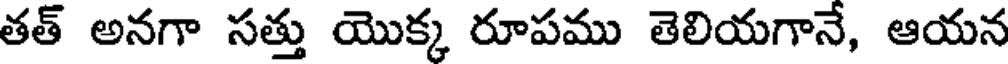
తత్ అనగా సత్తు యొక్క రూపము తెలియగానే, ఆయన